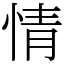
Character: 情